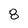
Character: 8